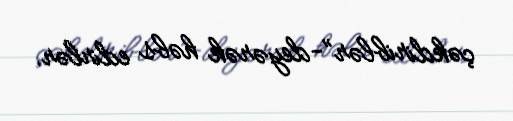
çəkdiriblər”-deyərək həbs edirlər.